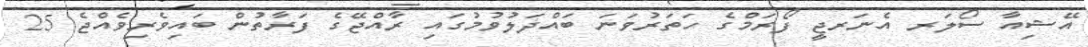
އޭޝިއާ ސޯލަރ އެނަރޖީ ފޯރަމްގެ ހަތަރުވަނަ ބައްދަލުވުމުގައި ރާއްޖޭގެ ފަރާތުން ބައިވެރިވެއްޖެ 25